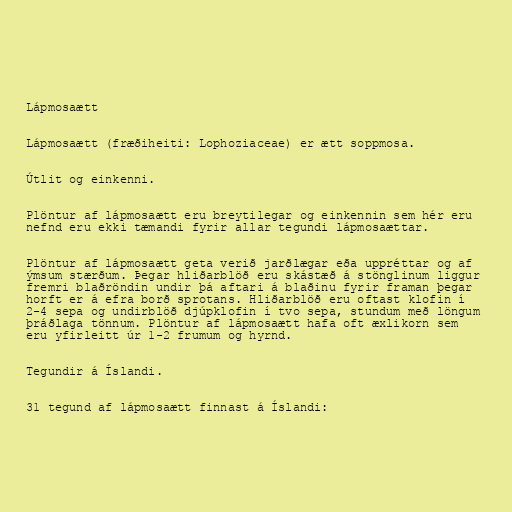
Lápmosaætt

Lápmosaætt (fræðiheiti: Lophoziaceae) er ætt soppmosa.

Útlit og einkenni.

Plöntur af lápmosaætt eru breytilegar og einkennin sem hér eru
nefnd eru ekki tæmandi fyrir allar tegundi lápmosaættar.

Plöntur af lápmosaætt geta verið jarðlægar eða uppréttar og af
ýmsum stærðum. Þegar hliðarblöð eru skástæð á stönglinum liggur
fremri blaðröndin undir þá aftari á blaðinu fyrir framan þegar
horft er á efra borð sprotans. Hliðarblöð eru oftast klofin í
2-4 sepa og undirblöð djúpklofin í tvo sepa, stundum með löngum
þráðlaga tönnum. Plöntur af lápmosaætt hafa oft æxlikorn sem
eru yfirleitt úr 1-2 frumum og hyrnd.

Tegundir á Íslandi.

31 tegund af lápmosaætt finnast á Íslandi: